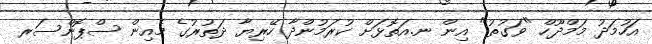
އަހުމަދު މަމްދޫހް "ވަގުތު" އިން ނ.އަތޮޅަށް ކުރަމުންދާ ހޭރިޔާ ދަތުރުގެ މެއިން ސްޕޮންސަރ